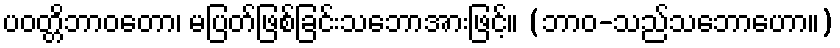
ပဝတ္တိဘာဝတော၊ မပြတ်ဖြစ်ခြင်းသဘောအားဖြင့်။ (ဘာဝ-သည်သဘောဟော။)